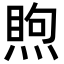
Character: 𥈈